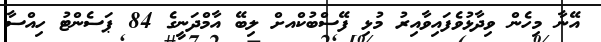
އޭނާ މިހެން ވިދާޅުވެފައިވާއިރު މުޅި ފޭސްބުކްއށް ލިބޭ އާމްދަނީގެ 84 ޕަސެންޓު ހިއްސާ